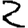
Digit: 2